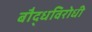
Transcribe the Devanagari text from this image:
बौद्धविरोधी